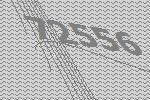
72556